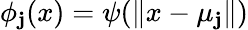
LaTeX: \phi_{\mathbf{j}}(x)=\psi(\| x-\mu_{\mathbf{j}}\| )